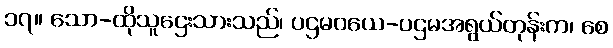
၁၇။ သော-ထိုသူဌေးသားသည်၊ ပဌမဝယေ-ပဌမအရွယ်တုန်းက၊ စေ